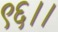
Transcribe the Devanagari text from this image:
९६।।